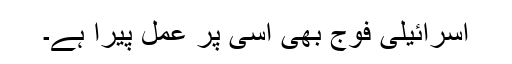
اسرائیلی فوج بھی اسی پر عمل پیرا ہے۔